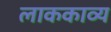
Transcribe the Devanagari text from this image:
लाककाव्य